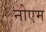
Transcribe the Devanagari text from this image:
नोएम